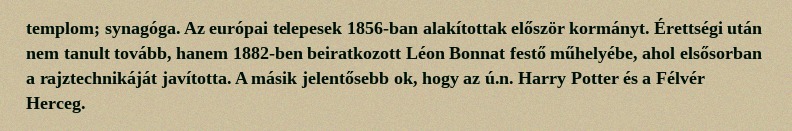
templom; synagóga. Az európai telepesek 1856-ban alakítottak először kormányt. Érettségi után nem tanult tovább, hanem 1882-ben beiratkozott Léon Bonnat festő műhelyébe, ahol elsősorban a rajztechnikáját javította. A másik jelentősebb ok, hogy az ú.n. Harry Potter és a Félvér Herceg.